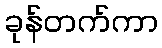
ခုန်တက်ကာ